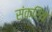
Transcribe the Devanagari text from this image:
संक्रिय